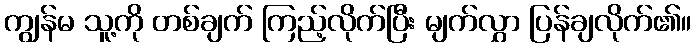
ကျွန်မ သူ့ကို တစ်ချက် ကြည့်လိုက်ပြီး မျက်လွှာ ပြန်ချလိုက်၏။